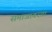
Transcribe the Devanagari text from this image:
समाजावरचा